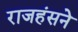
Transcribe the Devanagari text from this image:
राजहंसने